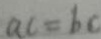
a c = b c